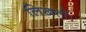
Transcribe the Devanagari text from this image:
लिखतीं।